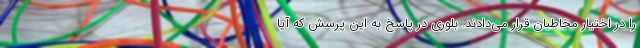
را در اختیار مخاطبان قرار می‌دادند. بلوری در پاسخ به این پرسش که آیا